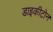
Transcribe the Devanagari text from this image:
डाइकीटोन